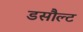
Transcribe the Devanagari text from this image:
डसौल्ट